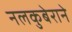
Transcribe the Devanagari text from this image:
नलकुबेराने